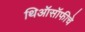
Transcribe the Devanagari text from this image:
थिऑसॉफीचे